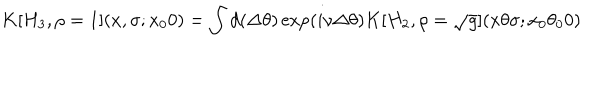
LaTeX: K [ H _ { 3 } , \rho = 1 ] ( x , \sigma ; x _ { 0 } 0 ) = \int d ( \Delta \theta ) \exp ( i \nu \Delta \theta ) K [ H _ { 2 } , \rho = \sqrt { g } ] ( x \theta \sigma ; x _ { 0 } \theta _ { 0 } 0 )